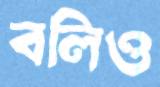
বলিও